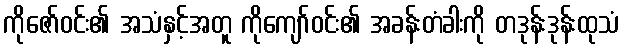
ကိုဇော်ဝင်း၏ အသံနှင့်အတူ ကိုကျော်ဝင်း၏ အခန်းတံခါးကို တဒုန်းဒုန်းထုသံ